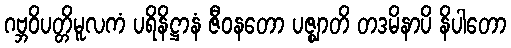
ဂဗ္ဘဝိပတ္တိမူလကံ ပရိနိဋ္ဌာနံ ဇီဝနတော ပဇ္ဈာတိ တဒမိနာပိ နိပါတော